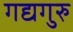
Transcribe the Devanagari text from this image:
गद्यगुरु